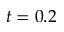
t = 0 . 2